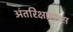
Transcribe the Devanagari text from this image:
अंतरिक्षप्रवास